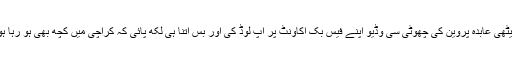
میں نے سامنے اسٹیج پر بیٹھی عابدہ پروین کی چھوٹی سی وڈیو اپنے فیس بُک اکاؤنٹ پر اپ لوڈ کی اور بس اتنا ہی لکھ پائی کہ کراچی میں کچھ بھی ہو رہا ہو مگر عشق ابھی زندہ ہے۔